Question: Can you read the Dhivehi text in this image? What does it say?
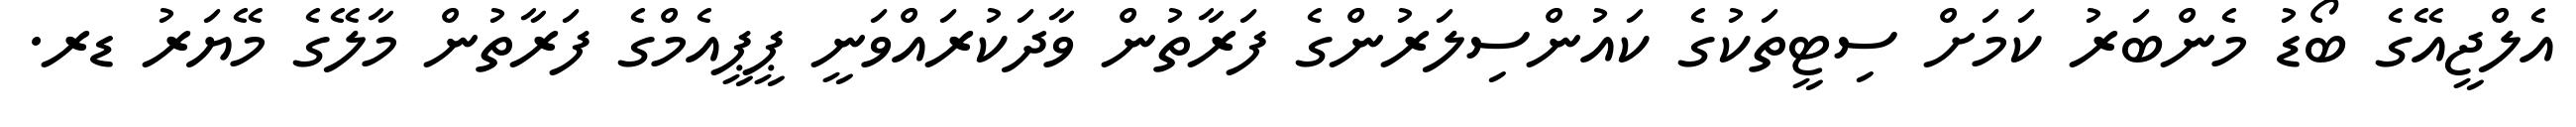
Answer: އެލްޖީއޭގެ ބޯޑު މެންބަރު ކަމަށް ސިޓީތަކުގެ ކައުންސިލަރުންގެ ފަރާތުން ވާދަކުރައްވަނީ ޕީޕީއެމްގެ ފަރާތުން މާލޭގެ މޭޔަރު ޑރ.